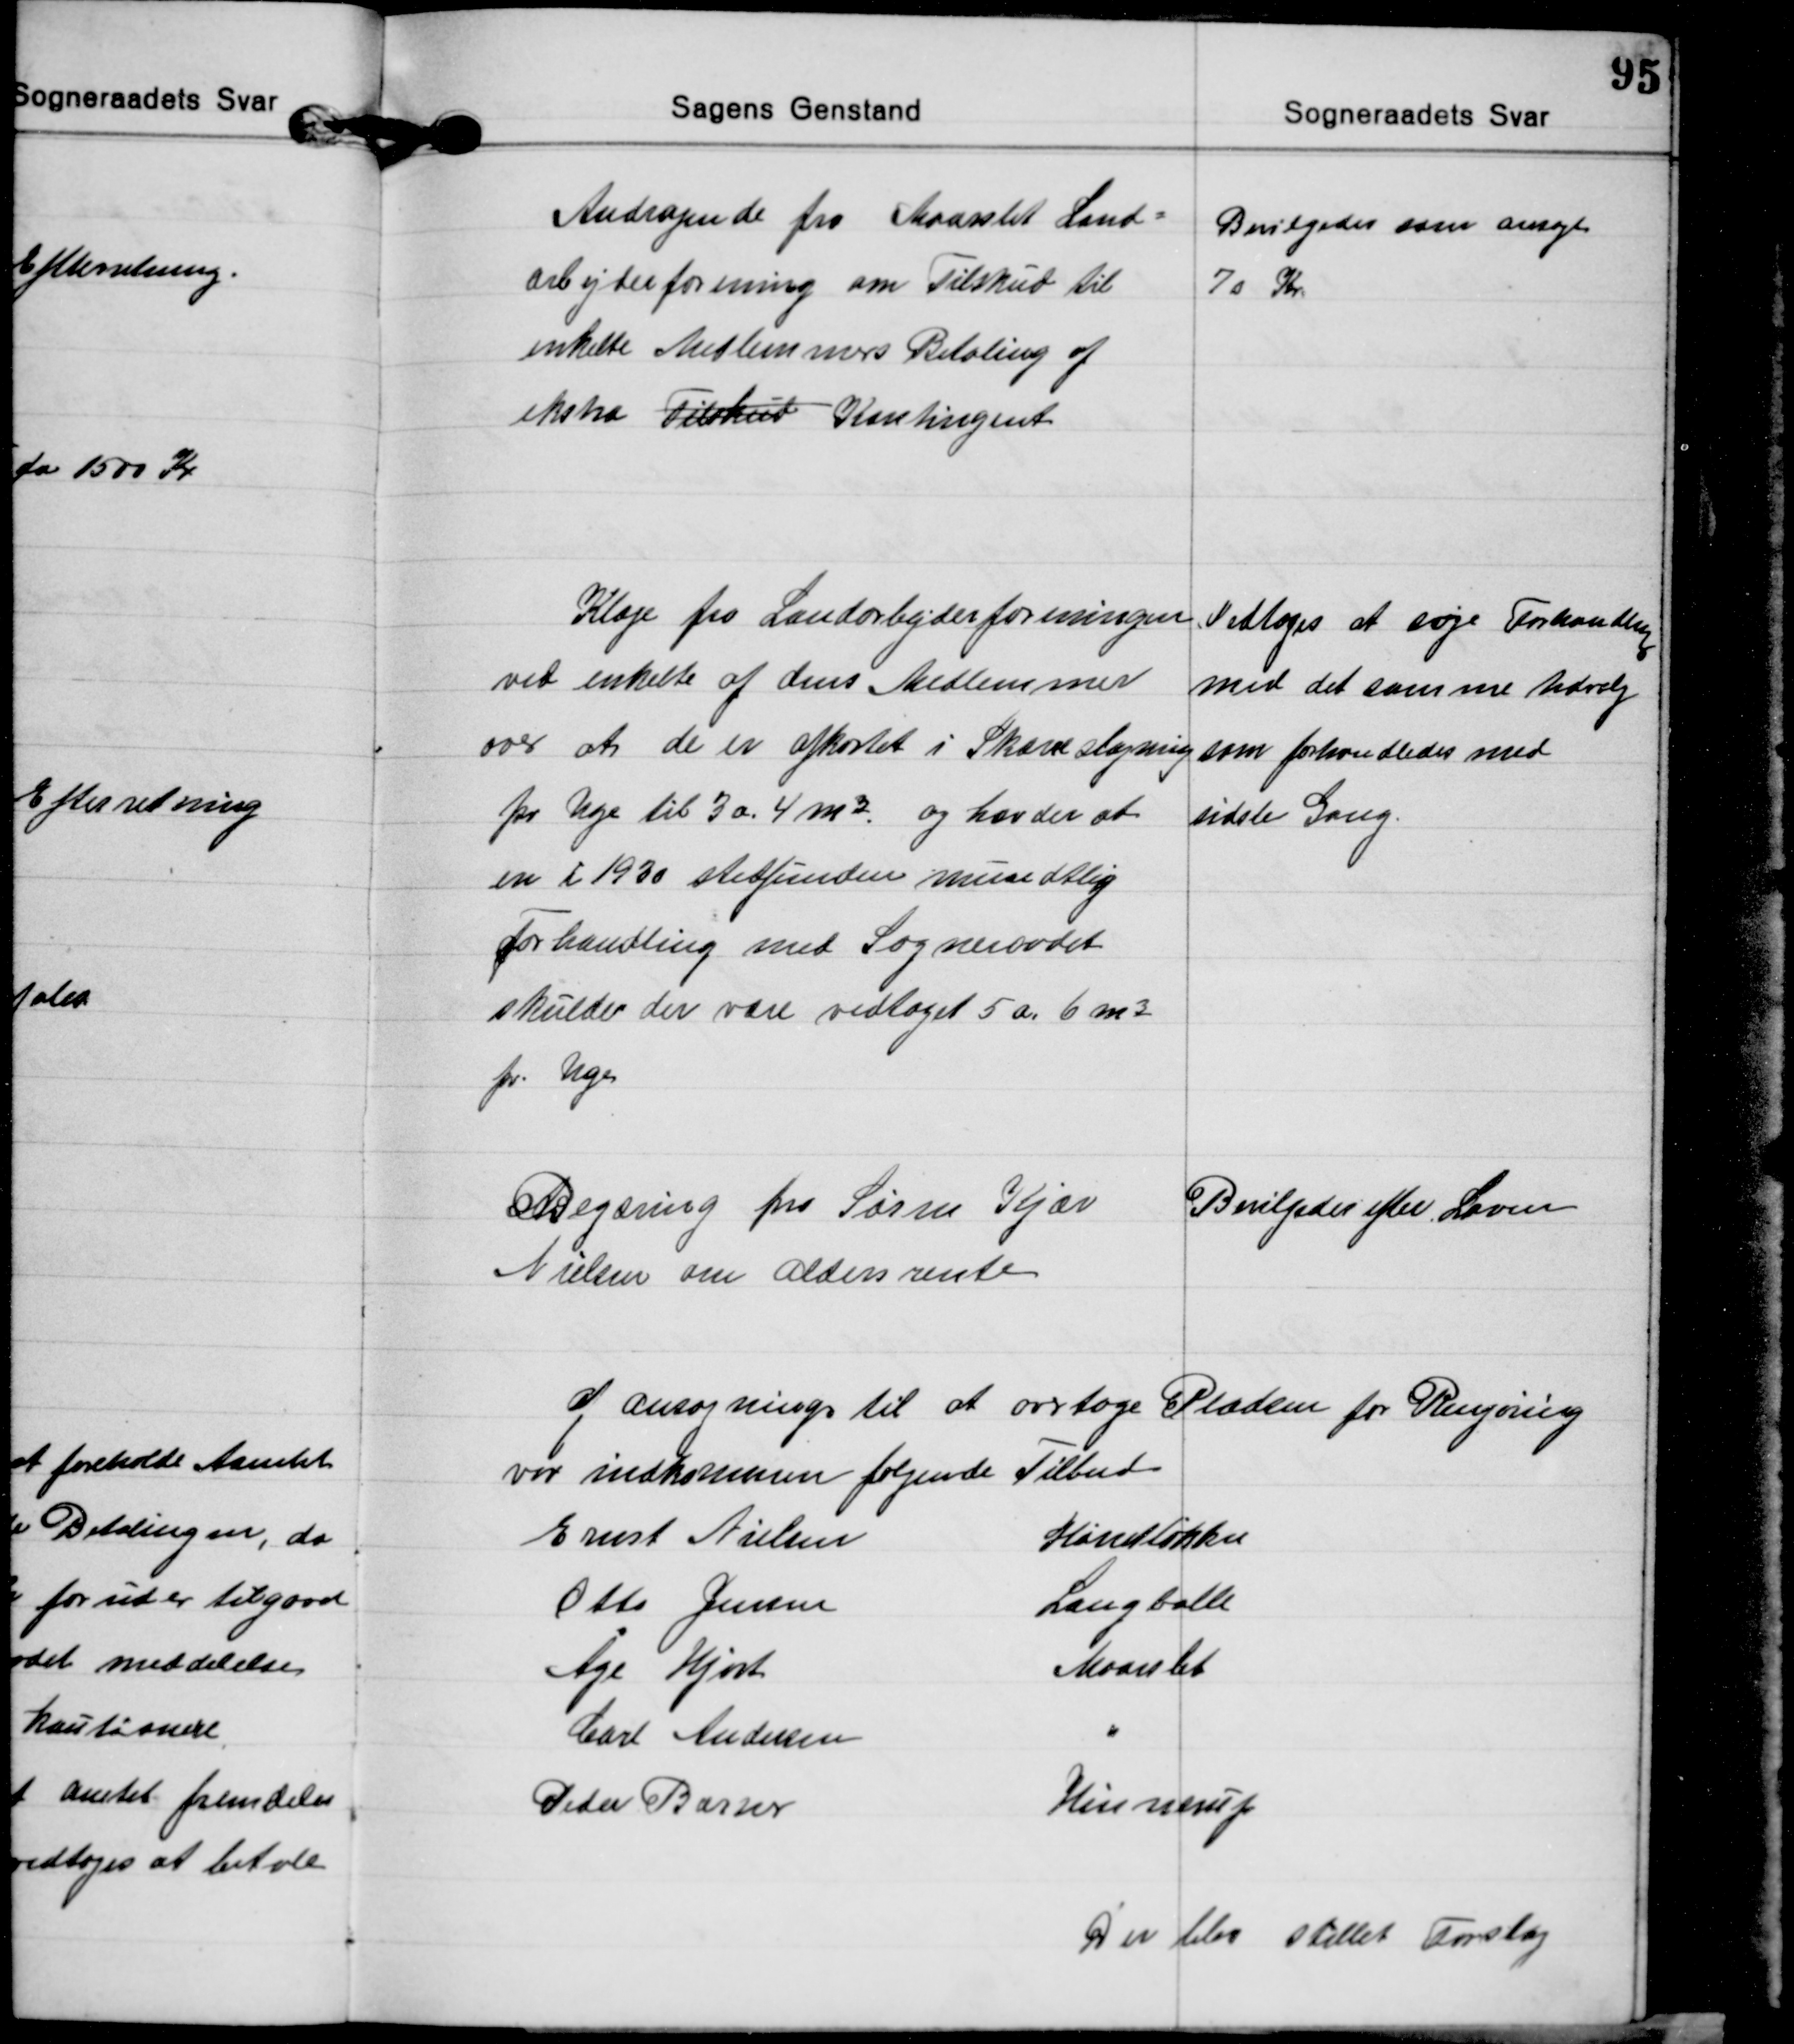
Transskription:
Andragende fra Maarslet Land=
arbejderforening om Tilskud til
enkelte Medlemmers Betaling af
ekstra Tilskud Kontingent
Bevilgedes som ansøgt
70 Kr

Klage fra Landarbejderforeningen
ved enkelte af dens Medlemmer
over at de er afkortet i Skærveslagning
pr Uge til 3 a. 4 m³ og hævder at
en i 1930 stedfunden mundtlig
Forhandling med Sogneraadet
skulde der være vedtaget 5 a. 6 m³
pr. Uge
Vedtoges at søge Forhandlig
med det samme Udvalg
som forhandledes med
sidste Gang.

Begæring fra Søren Kjær
Nielsen om Aldersrente
Bevilgedes efter Loven

af ansøgninger til at overtage Pladsen for Rengøring
var indkommen følgende Tilbud
Ernst Nielsen 
Hørretløkken
Otto Jensen 
Langballe
Åge Hjort 
Maarslet
Carl Andersen 
Peder Barner 
Hinnerup
Der blev stillet Forslag